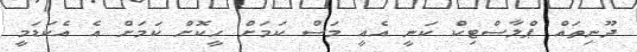
ދޫނިތައް ޕްލާސްޓިކް ކަނީ އެއީ މަސް ކަމަށް ހީކޮށް ކަމަށް އެ އެކަޑަމީ